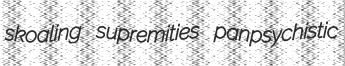
skoaling supremities panpsychistic